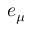
e _ { \mu }